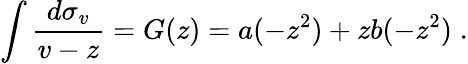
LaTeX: \int{\frac{d\sigma_{v}}{v-z}}=G(z)=a(-z^{2})+zb(-z^{2})\; .